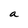
Character: a